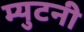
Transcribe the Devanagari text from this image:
म्युटनी